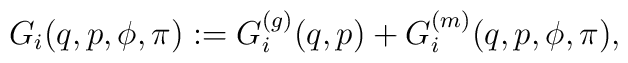
G_i(q,p,\phi,\pi) := G_i^{(g)}(q,p)+G_i^{(m)}(q,p,\phi,\pi),